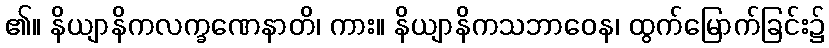
၏။ နိယျာနိကလက္ခဏေနာတိ၊ ကား။ နိယျာနိကသဘာဝေန၊ ထွက်မြောက်ခြင်း၌